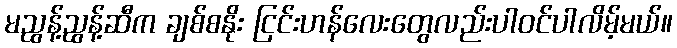
မညွန့်ညွန့်ဆီက ချစ်စနိုး ငြင်းဟန်လေးတွေလည်းပါဝင်ပါလိမ့်မယ်။